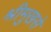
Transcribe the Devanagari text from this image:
श्रीमुखसे